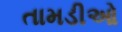
તામડીઓ